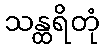
သန္ထရိတုံ